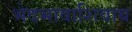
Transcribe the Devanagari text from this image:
भेदभावाशिवाय